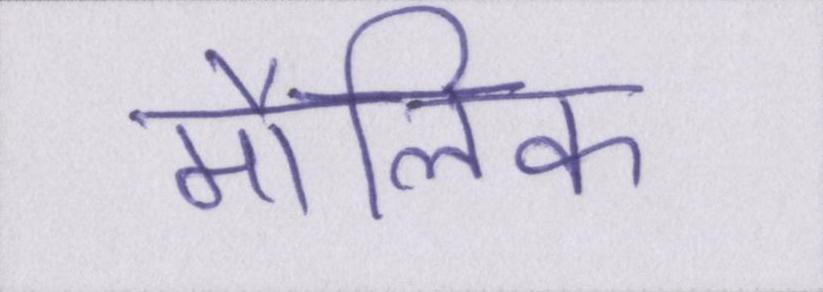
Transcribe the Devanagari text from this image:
मौलिक